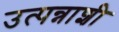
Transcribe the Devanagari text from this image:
उत्पन्नाशी